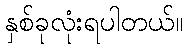
နှစ်ခုလုံးရပါတယ်။